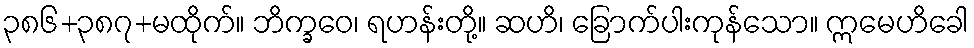
၃၈၆+၃၈၇+မထိုက်။ ဘိက္ခဝေ၊ ရဟန်းတို့။ ဆဟိ၊ ခြောက်ပါးကုန်သော။ ဣမေဟိခေါ